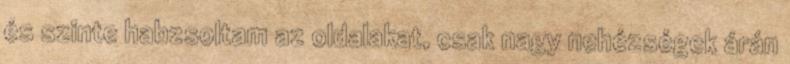
és szinte habzsoltam az oldalakat, csak nagy nehézségek árán